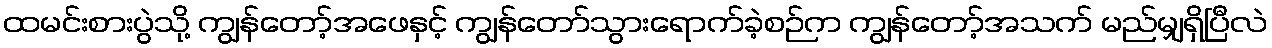
ထမင်းစားပွဲသို့ ကျွန်တော့်အဖေနှင့် ကျွန်တော်သွားရောက်ခဲ့စဉ်က ကျွန်တော့်အသက် မည်မျှရှိပြီလဲ